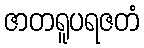
ဇာတရူပရဇတံ